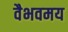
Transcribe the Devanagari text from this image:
वैभवमय